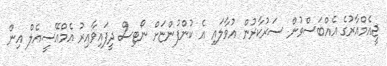
ޖީއެމްއާރުގެ އެއްބަސްވުން ސަރުކާރުން އުވާލައި އެ ކުންފުންޏަށް ނޯޓިސް ދީފައިވާއިރު އެމްއޭސީއެލް އިން